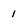
Character: 1